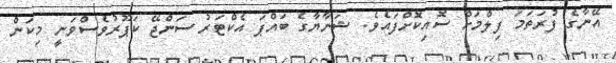
އޭނާގެ ފުރަތަމަ ފިލްމަށް ސޮއިކޮށްފައެވެ. ޝަނާޔާގެ ބައްޕަ އެކްޓަރު ސަންޖޭ ކަޕޫރުވެސްވަނީ މިކަން